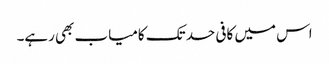
اس میں کافی حد تک کامیاب بھی رہے۔